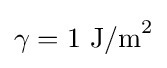
\gamma =1\ {\text{J/m}}^{2}